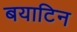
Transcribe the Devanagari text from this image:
बयाटिन